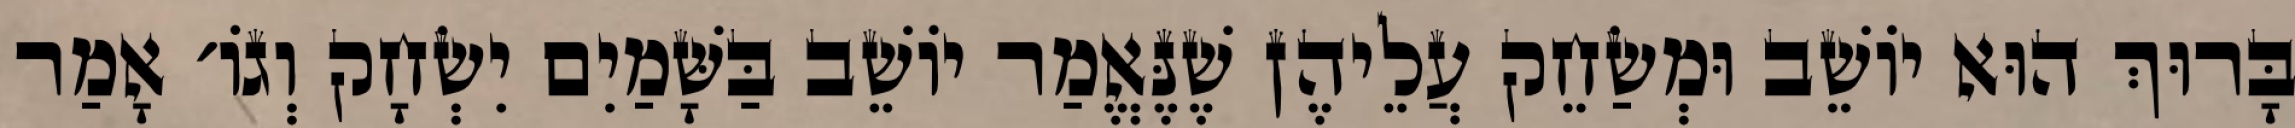
בָּרוּךְ הוּא יוֹשֵׁב וּמְשַׂחֵק עֲלֵיהֶן שֶׁנֶּאֱמַר יוֹשֵׁב בַּשָּׁמַיִם יִשְׂחָק וְגוֹ׳ אָמַר